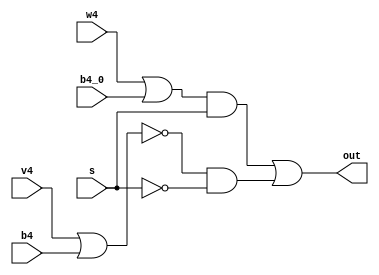
module CONDITION_CHECKER (
    s,
    b4_0, b4,
    w4, v4,
    out
);
    input   s,
            b4_0, b4,
            w4, v4;
    
    output  out;

    wire in_1, in_2;
    assign in_1 = (w4 | b4_0) & s;
    assign in_2 = (v4 ~| b4) & (~s);

    assign out = in_1 | in_2;

endmodule